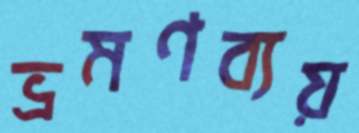
ভ্রমণব্যয়